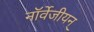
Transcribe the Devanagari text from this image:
नॉर्वेजीयन्